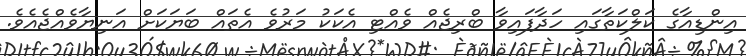
އިންޑިއާގެ ކަލްކަތާގައި ހަދާފައިވާ ބްރިޖެއް ވެއްޓި އެކަކު މަރުވެ އެތައް ބަޔަކަށް އަނިޔާވެއްޖެއެވެ.